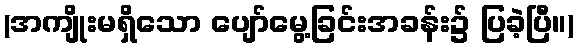
(အကျိုးမရှိသော ပျော်မွေ့ခြင်းအခန်း၌ ပြခဲ့ပြီ။)